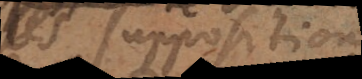
les suppositions